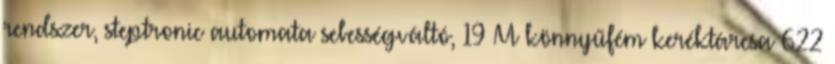
rendszer, steptronic automata sebességváltó, 19 M könnyűfém keréktárcsa 622